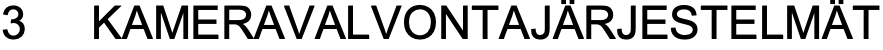
3  KAMERAVALVONTAJÄRJESTELMÄT